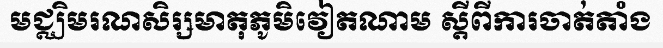
មជ្ឈិមរណសិរ្សមាតុភូមិវៀតណាម ស្តីពីការចាត់តាំង